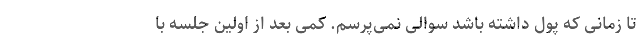
تا زمانی که پول داشته باشد سوالی نمی‌پرسم. کمی بعد از اولین جلسه با